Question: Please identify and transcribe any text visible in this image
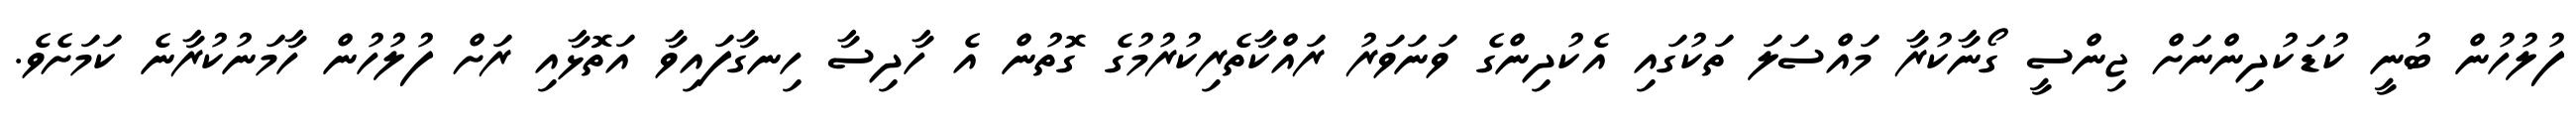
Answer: ފުލުހުން ބުނީ ކުޑަކުދިންނަށް ޖިންސީ ގޯނާކުރާ މައްސަލަ ތަކުގައި އެކުދިންގެ ވަނަވަރު ރައްކާތެރިކުރުމުގެ ގޮތުން އެ ހާދިސާ ހިނގާފައިވާ އަތޮޅާއި ރަށް ފުލުހުން ހާމަނުކުރާނެ ކަމަށެވެ.